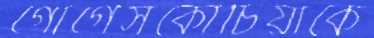
গোগেসকোচিয়াকে